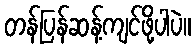
တန်ပြန်ဆန့်ကျင်ဖို့ပါပဲ။